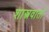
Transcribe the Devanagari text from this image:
शास्त्रवार्ता